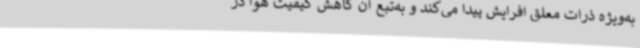
به‌ویژه ذرات معلق افرایش پیدا می‌کند و به‌تبع آن کاهش کیفیت هوا در